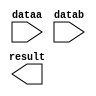
// megafunction wizard: %LPM_MULT%VBB%
// GENERATION: STANDARD
// VERSION: WM1.0
// MODULE: lpm_mult 

// ============================================================
// Megafunction Name(s):
// 			lpm_mult
//
// Simulation Library Files(s):
// 			lpm
// ============================================================
// ************************************************************
// THIS IS A WIZARD-GENERATED FILE. DO NOT EDIT THIS FILE!
//
// 18.1.0 Build 625 09/12/2018 SJ Lite Edition
// ************************************************************

//Copyright (C) 2018  Intel Corporation. All rights reserved.
//Your use of Intel Corporation's design tools, logic functions 
//and other software and tools, and its AMPP partner logic 
//functions, and any output files from any of the foregoing 
//(including device programming or simulation files), and any 
//associated documentation or information are expressly subject 
//to the terms and conditions of the Intel Program License 
//Subscription Agreement, the Intel Quartus Prime License Agreement,
//the Intel FPGA IP License Agreement, or other applicable license
//agreement, including, without limitation, that your use is for
//the sole purpose of programming logic devices manufactured by
//Intel and sold by Intel or its authorized distributors.  Please
//refer to the applicable agreement for further details.

module mul (
	dataa,
	datab,
	result);

	input	[15:0]  dataa;
	input	[15:0]  datab;
	output	[15:0]  result;

endmodule

// ============================================================
// CNX file retrieval info
// ============================================================
// Retrieval info: PRIVATE: AutoSizeResult NUMERIC "0"
// Retrieval info: PRIVATE: B_isConstant NUMERIC "0"
// Retrieval info: PRIVATE: ConstantB NUMERIC "0"
// Retrieval info: PRIVATE: INTENDED_DEVICE_FAMILY STRING "MAX 10"
// Retrieval info: PRIVATE: LPM_PIPELINE NUMERIC "0"
// Retrieval info: PRIVATE: Latency NUMERIC "0"
// Retrieval info: PRIVATE: SYNTH_WRAPPER_GEN_POSTFIX STRING "0"
// Retrieval info: PRIVATE: SignedMult NUMERIC "1"
// Retrieval info: PRIVATE: USE_MULT NUMERIC "1"
// Retrieval info: PRIVATE: ValidConstant NUMERIC "0"
// Retrieval info: PRIVATE: WidthA NUMERIC "16"
// Retrieval info: PRIVATE: WidthB NUMERIC "16"
// Retrieval info: PRIVATE: WidthP NUMERIC "16"
// Retrieval info: PRIVATE: aclr NUMERIC "0"
// Retrieval info: PRIVATE: clken NUMERIC "0"
// Retrieval info: PRIVATE: new_diagram STRING "1"
// Retrieval info: PRIVATE: optimize NUMERIC "2"
// Retrieval info: LIBRARY: lpm lpm.lpm_components.all
// Retrieval info: CONSTANT: LPM_HINT STRING "MAXIMIZE_SPEED=1"
// Retrieval info: CONSTANT: LPM_REPRESENTATION STRING "SIGNED"
// Retrieval info: CONSTANT: LPM_TYPE STRING "LPM_MULT"
// Retrieval info: CONSTANT: LPM_WIDTHA NUMERIC "16"
// Retrieval info: CONSTANT: LPM_WIDTHB NUMERIC "16"
// Retrieval info: CONSTANT: LPM_WIDTHP NUMERIC "16"
// Retrieval info: USED_PORT: dataa 0 0 16 0 INPUT NODEFVAL "dataa[15..0]"
// Retrieval info: USED_PORT: datab 0 0 16 0 INPUT NODEFVAL "datab[15..0]"
// Retrieval info: USED_PORT: result 0 0 16 0 OUTPUT NODEFVAL "result[15..0]"
// Retrieval info: CONNECT: @dataa 0 0 16 0 dataa 0 0 16 0
// Retrieval info: CONNECT: @datab 0 0 16 0 datab 0 0 16 0
// Retrieval info: CONNECT: result 0 0 16 0 @result 0 0 16 0
// Retrieval info: GEN_FILE: TYPE_NORMAL mul.v TRUE
// Retrieval info: GEN_FILE: TYPE_NORMAL mul.inc FALSE
// Retrieval info: GEN_FILE: TYPE_NORMAL mul.cmp FALSE
// Retrieval info: GEN_FILE: TYPE_NORMAL mul.bsf FALSE
// Retrieval info: GEN_FILE: TYPE_NORMAL mul_inst.v FALSE
// Retrieval info: GEN_FILE: TYPE_NORMAL mul_bb.v TRUE
// Retrieval info: LIB_FILE: lpm